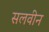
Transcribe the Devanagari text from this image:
सलवीन